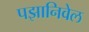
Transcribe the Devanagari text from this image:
पझानिवेल